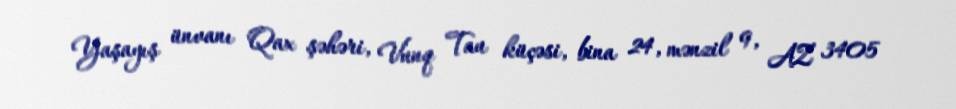
Yaşayış ünvanı Qax şəhəri, Vunq Tau küçəsi, bina 24, mənzil 9, AZ 3405